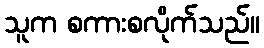
သူက စကားစလိုက်သည်။